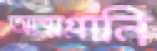
আত্মগ্লানি